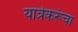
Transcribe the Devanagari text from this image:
यात्रेकरूंचा